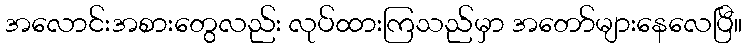
အလောင်းအစားတွေလည်း လုပ်ထားကြသည်မှာ အတော်များနေလေပြီ။